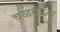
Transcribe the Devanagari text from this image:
चळवळ्या